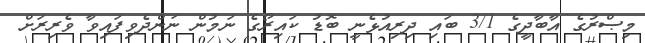
މިޞްރުގެ އާބާދީގެ 3/1 ބައި ދިރިއުޅެނީ ބޮޑު ކައިރޯގެ ނަމުން ނަންދެވިފައިވާ ވެރިރަށް